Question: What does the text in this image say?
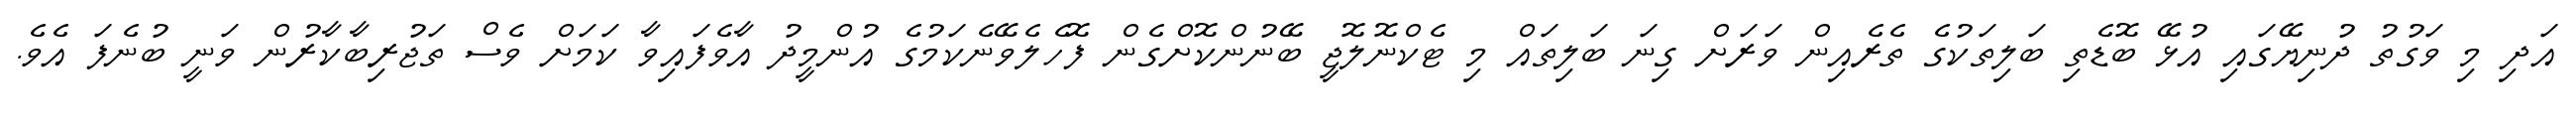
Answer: އަދި މި ވަގުތު ދުނިޔޭގައި އުޅޭ ބޮޑެތި ބަލިތަކުގެ ތެރެއިން ވަރަށް ގިނަ ބަލިތައް މި ޓެކްނޮލޮޖީ ބޭނުންކޮށްގެން ފޮހެލެވޭނެކަމުގެ އުންމީދު އާވެފައިވާ ކަމަށް ވެސް ތަޖުރިބާކާރުން ވަނީ ބުނެފަ އެވެ.